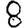
Digit: 8